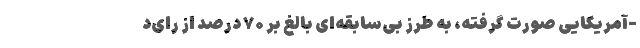
-آمریکایی صورت گرفته، به طرز بی‌سابقه‌ای بالغ بر ۷۰ درصد از رای‌د